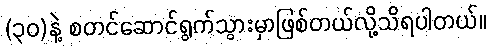
(၃၀)နဲ့ စတင်ဆောင်ရွက်သွားမှာဖြစ်တယ်လို့သိရပါတယ်။